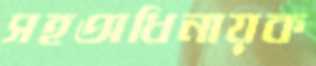
সহঅধিনায়ক